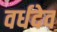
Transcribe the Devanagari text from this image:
वर्धदेव